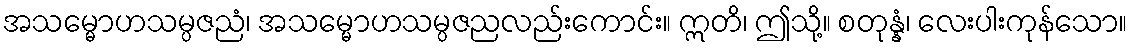
အသမ္မောဟသမ္ပဇညံ၊ အသမ္မောဟသမ္ပဇညလည်းကောင်း။ ဣတိ၊ ဤသို့။ စတုန္နံ၊ လေးပါးကုန်သော။